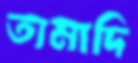
তামাদি